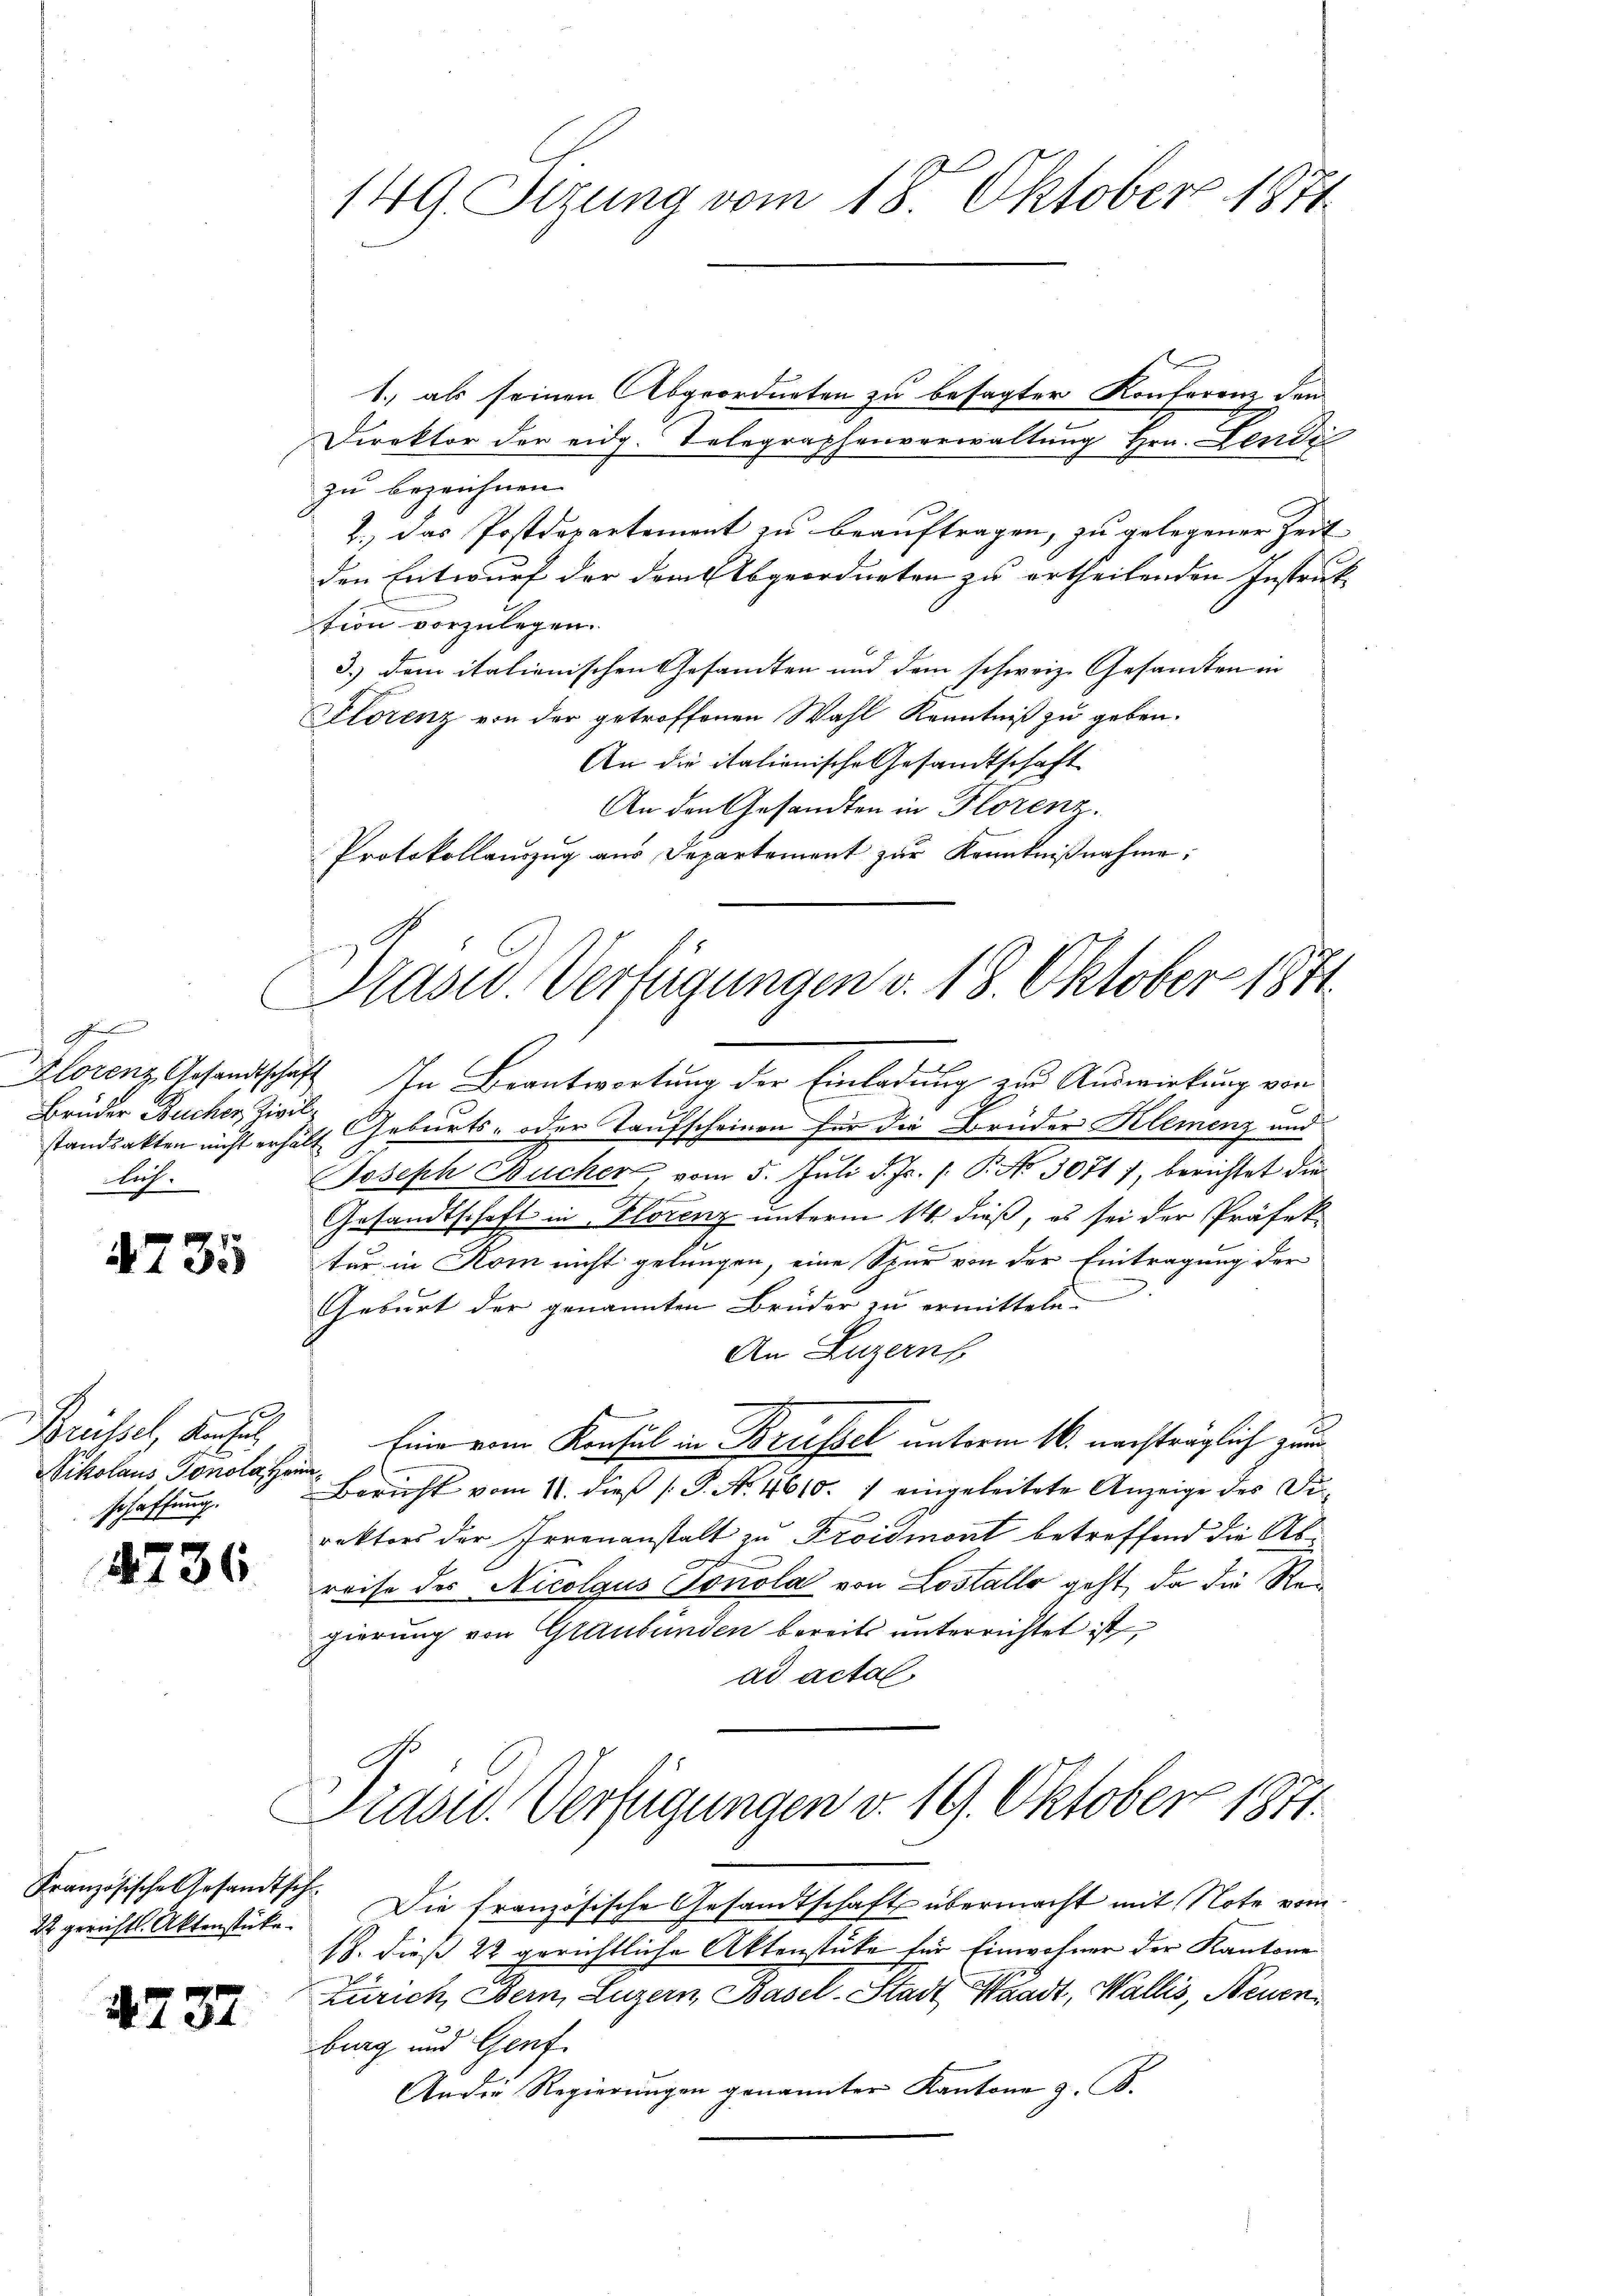
x
Brüder Bucher Zivil¬
Auf.

Brüssel, Konzel
Vikolaus Gonola, Heinschaffung.

4736

Französische Gesandtsch¬
22 gerichts Aktenstücke.

4737

1.) als seinen Abgeordneten zu besagter Konferenz den
Direktor der eidg. Telegraphenverwaltung Hrn. Lendi
zu bezeichnen.
2.) Das Postdepartement zu beauftragen, zu gelegener Zeit
den Entwurf der dem Abgeordneten zu ertheilenden Instruk-
tion vorzulegen.
3.) dem italienischen Gesandten und dem schweiz. Gesamten in
Plorenz von der getroffenen Wahl Kenntniß zu geben.
An die italienische Gesandtschaft
An den Gesandten in Florenz.
Protokollauszug aus Departement zŭr Kenntniβnahme:
Klorenz Gesandtschaft In Beantwortung der Einladung zur Auswirkung von
standsakten nicht erhält Geburts- oder Taufscheinen für die Brüder Klemenz und
1
Joseph Bücher, vom 5. Juli d. Js. s. P. No 30717, berichtet die
Gesandtschaft in Florenz unterm 14. dieß, es sei der Präfek
tur in Rom nicht gelungen, eine Spur von der Eintragung der
Geburt der genannten Brüder zu ermitteln
An Luzern

Eine vom Konsul in Bruessel unterm 16. nachträglich zum
Bericht vom 11. dieß P. No. 4610. 1 eingeleitete Anzeige des Direktors der Irrenanstalt zu Froidmont betreffend die Abreise des Nicolaus Sonola von Lostallo geht, da die Regierung von Graubünden bereits unterrichtet ist
ad actal
Präsid. Verfügungen v. 19. Oktober 1871.
Die französische Gesamtschaft übermacht mit Note vom
18. dieß 22 gerichtliche Aktenstüke für Einwohner der Kantone
Zürich, Bern, Luzern, Basel-Stadt, Waadt, Wallis, Neuenburg und Genf
An die Regierŭngen genannter Kantone z. B.

149. Sizung vom 18. Oktober 1871

rasu. Verfügungen v. 18. Oktober 1871.